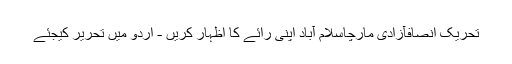
تحریک انصافآزادی مارچاسلام آباد اپنی رائے کا اظہار کریں - اُردو میں تحریر کیجئے